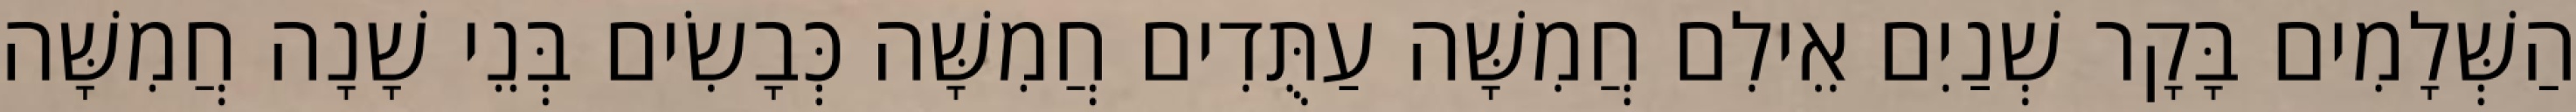
הַשְּׁלָמִים בָּקָר שְׁנַיִם אֵילִם חֲמִשָּׁה עַתֻּדִים חֲמִשָּׁה כְּבָשִׂים בְּנֵי שָׁנָה חֲמִשָּׁה